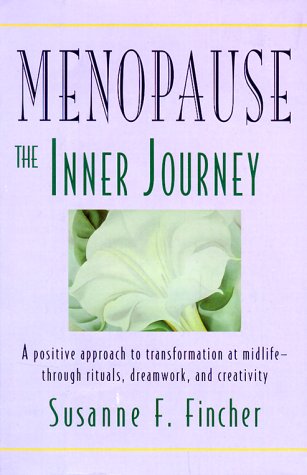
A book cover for Menopause; Susanne F. Fincher; Health, Fitness & Dieting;